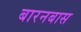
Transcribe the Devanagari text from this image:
बारनबास